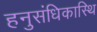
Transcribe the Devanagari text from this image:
हनुसंधिकास्थि